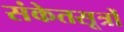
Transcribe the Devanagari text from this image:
संकेतसूत्रों